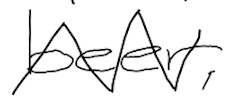
Text: beer,
Cross-out: zig-zag
Writing tool: digital_black